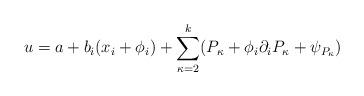
LaTeX: \begin{align*}u=a+b_i (x_i+\phi_i)+\sum_{\kappa=2}^k (P_\kappa+\phi_i \partial_iP_\kappa+\psi_{P_\kappa})\end{align*}